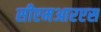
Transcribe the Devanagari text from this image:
सीएमआरएस